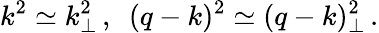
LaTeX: k^{2}\simeq k_{\perp}^{2}\, ,\, \, \, (q-k)^{2}\simeq(q-k)_{\perp}^{2}\, .